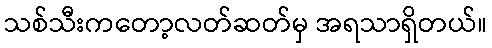
သစ်သီးကတော့လတ်ဆတ်မှ အရသာရှိတယ်။